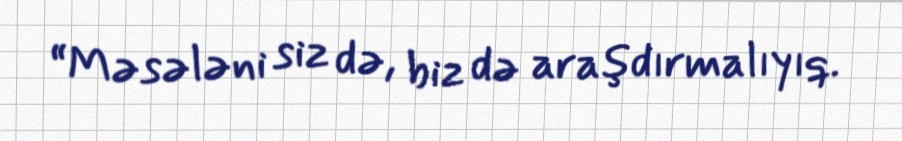
“Məsələni siz də, biz də araşdırmalıyıq.